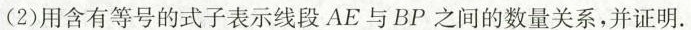
(2)用含有等号的式子表示线段AE与BP之间的数量关系，并证明。